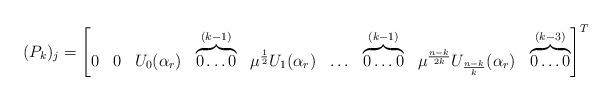
LaTeX: \begin{align*}(P_k)_j=\begin{bmatrix}0 & 0 & U_0(\alpha_r) & \overbrace{0 \ldots 0}^{(k-1)} & \mu^{\frac{1}{2}}U_1(\alpha_r) & \ldots & \overbrace{0 \ldots 0}^{(k-1)} & \mu^{\frac{n-k}{2k}} U_{\frac{n-k}{k}}(\alpha_r) & \overbrace{0 \ldots 0}^{(k-3)}\end{bmatrix}^{T} \end{align*}